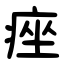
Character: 痤